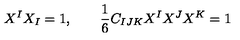
X ^ { I } X _ { I } = 1 , \qquad { \frac { 1 } { 6 } } C _ { I J K } X ^ { I } X ^ { J } X ^ { K } = 1